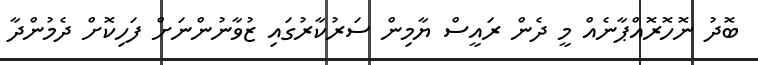
ބޮދު ނޮހޮރޮއްޕާނެއް މީ ދެން ރައީސް ޔާމިން ސަރުކާރުގައި ޒުވާނުންނަށް ފަހިކޮށް ދެމުންދާ